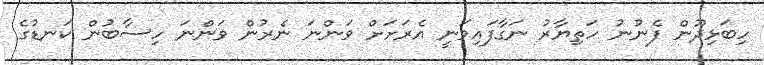
ހިބަޅިދޫން ފެނުނު ހަތިޔާރު ނަގާފައިވަނީ އެރަށަށް ވަންނަ ނެރުން ވަންނަ ހިސާބުން ކަނޑުގެ